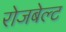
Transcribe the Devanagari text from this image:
रोजबेल्ट